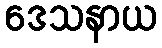
ဒေသနာယ